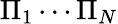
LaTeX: \Pi_{1}\cdots\Pi_{N}